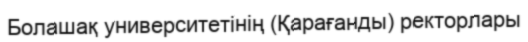
Болашақ университетінің (Қарағанды) ректорлары